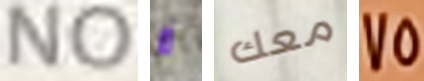
NO لا معك 75